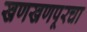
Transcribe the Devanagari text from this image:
खणखणपूरचा